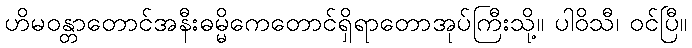
ဟိမဝန္တာတောင်အနီးဓမ္မိကေတောင်ရှိရာတောအုပ်ကြီးသို့။ ပါဝိသီ၊ ဝင်ပြီ။